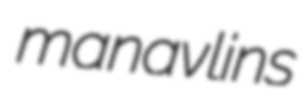
manavlins